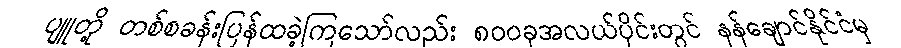
ပျူတို့ တစ်စခန်းပြန်ထခဲ့ကြသော်လည်း ၈၀၀ခုအလယ်ပိုင်းတွင် နန်ချောင်နိုင်ငံမှ